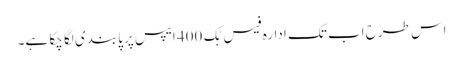
اس طرح اب تک ادارہ فیس بُک 400 ایپس پر پابندی لگا چکا ہے۔